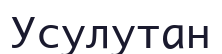
Усулутан